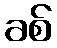
ခစ်